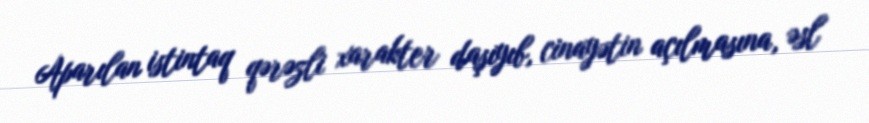
Aparılan istintaq qərəzli xarakter daşıyıb, cinayətin açılmasına, əsl